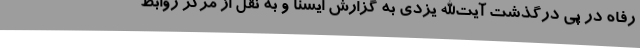
رفاه در پی درگذشت آیت‌الله یزدی به گزارش ایسنا و به نقل از مرکز روابط